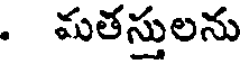
. మతస్తులను